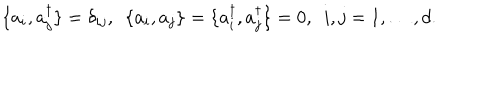
LaTeX: \{ a _ { i } , a _ { j } ^ { \dagger } \} = \delta _ { i j } , ~ ~ \{ a _ { i } , a _ { j } \} = \{ a _ { i } ^ { \dagger } , a _ { j } ^ { \dagger } \} = 0 , ~ ~ i , j = 1 , \ldots , d .